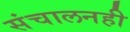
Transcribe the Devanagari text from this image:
संचालनही